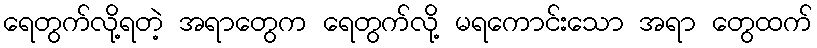
ရေတွက်လို့ရတဲ့ အရာတွေက ရေတွက်လို့ မရကောင်းသော အရာ တွေထက်